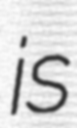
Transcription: is